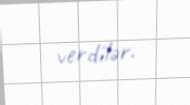
verdilər.